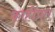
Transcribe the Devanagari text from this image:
काहींप्रत